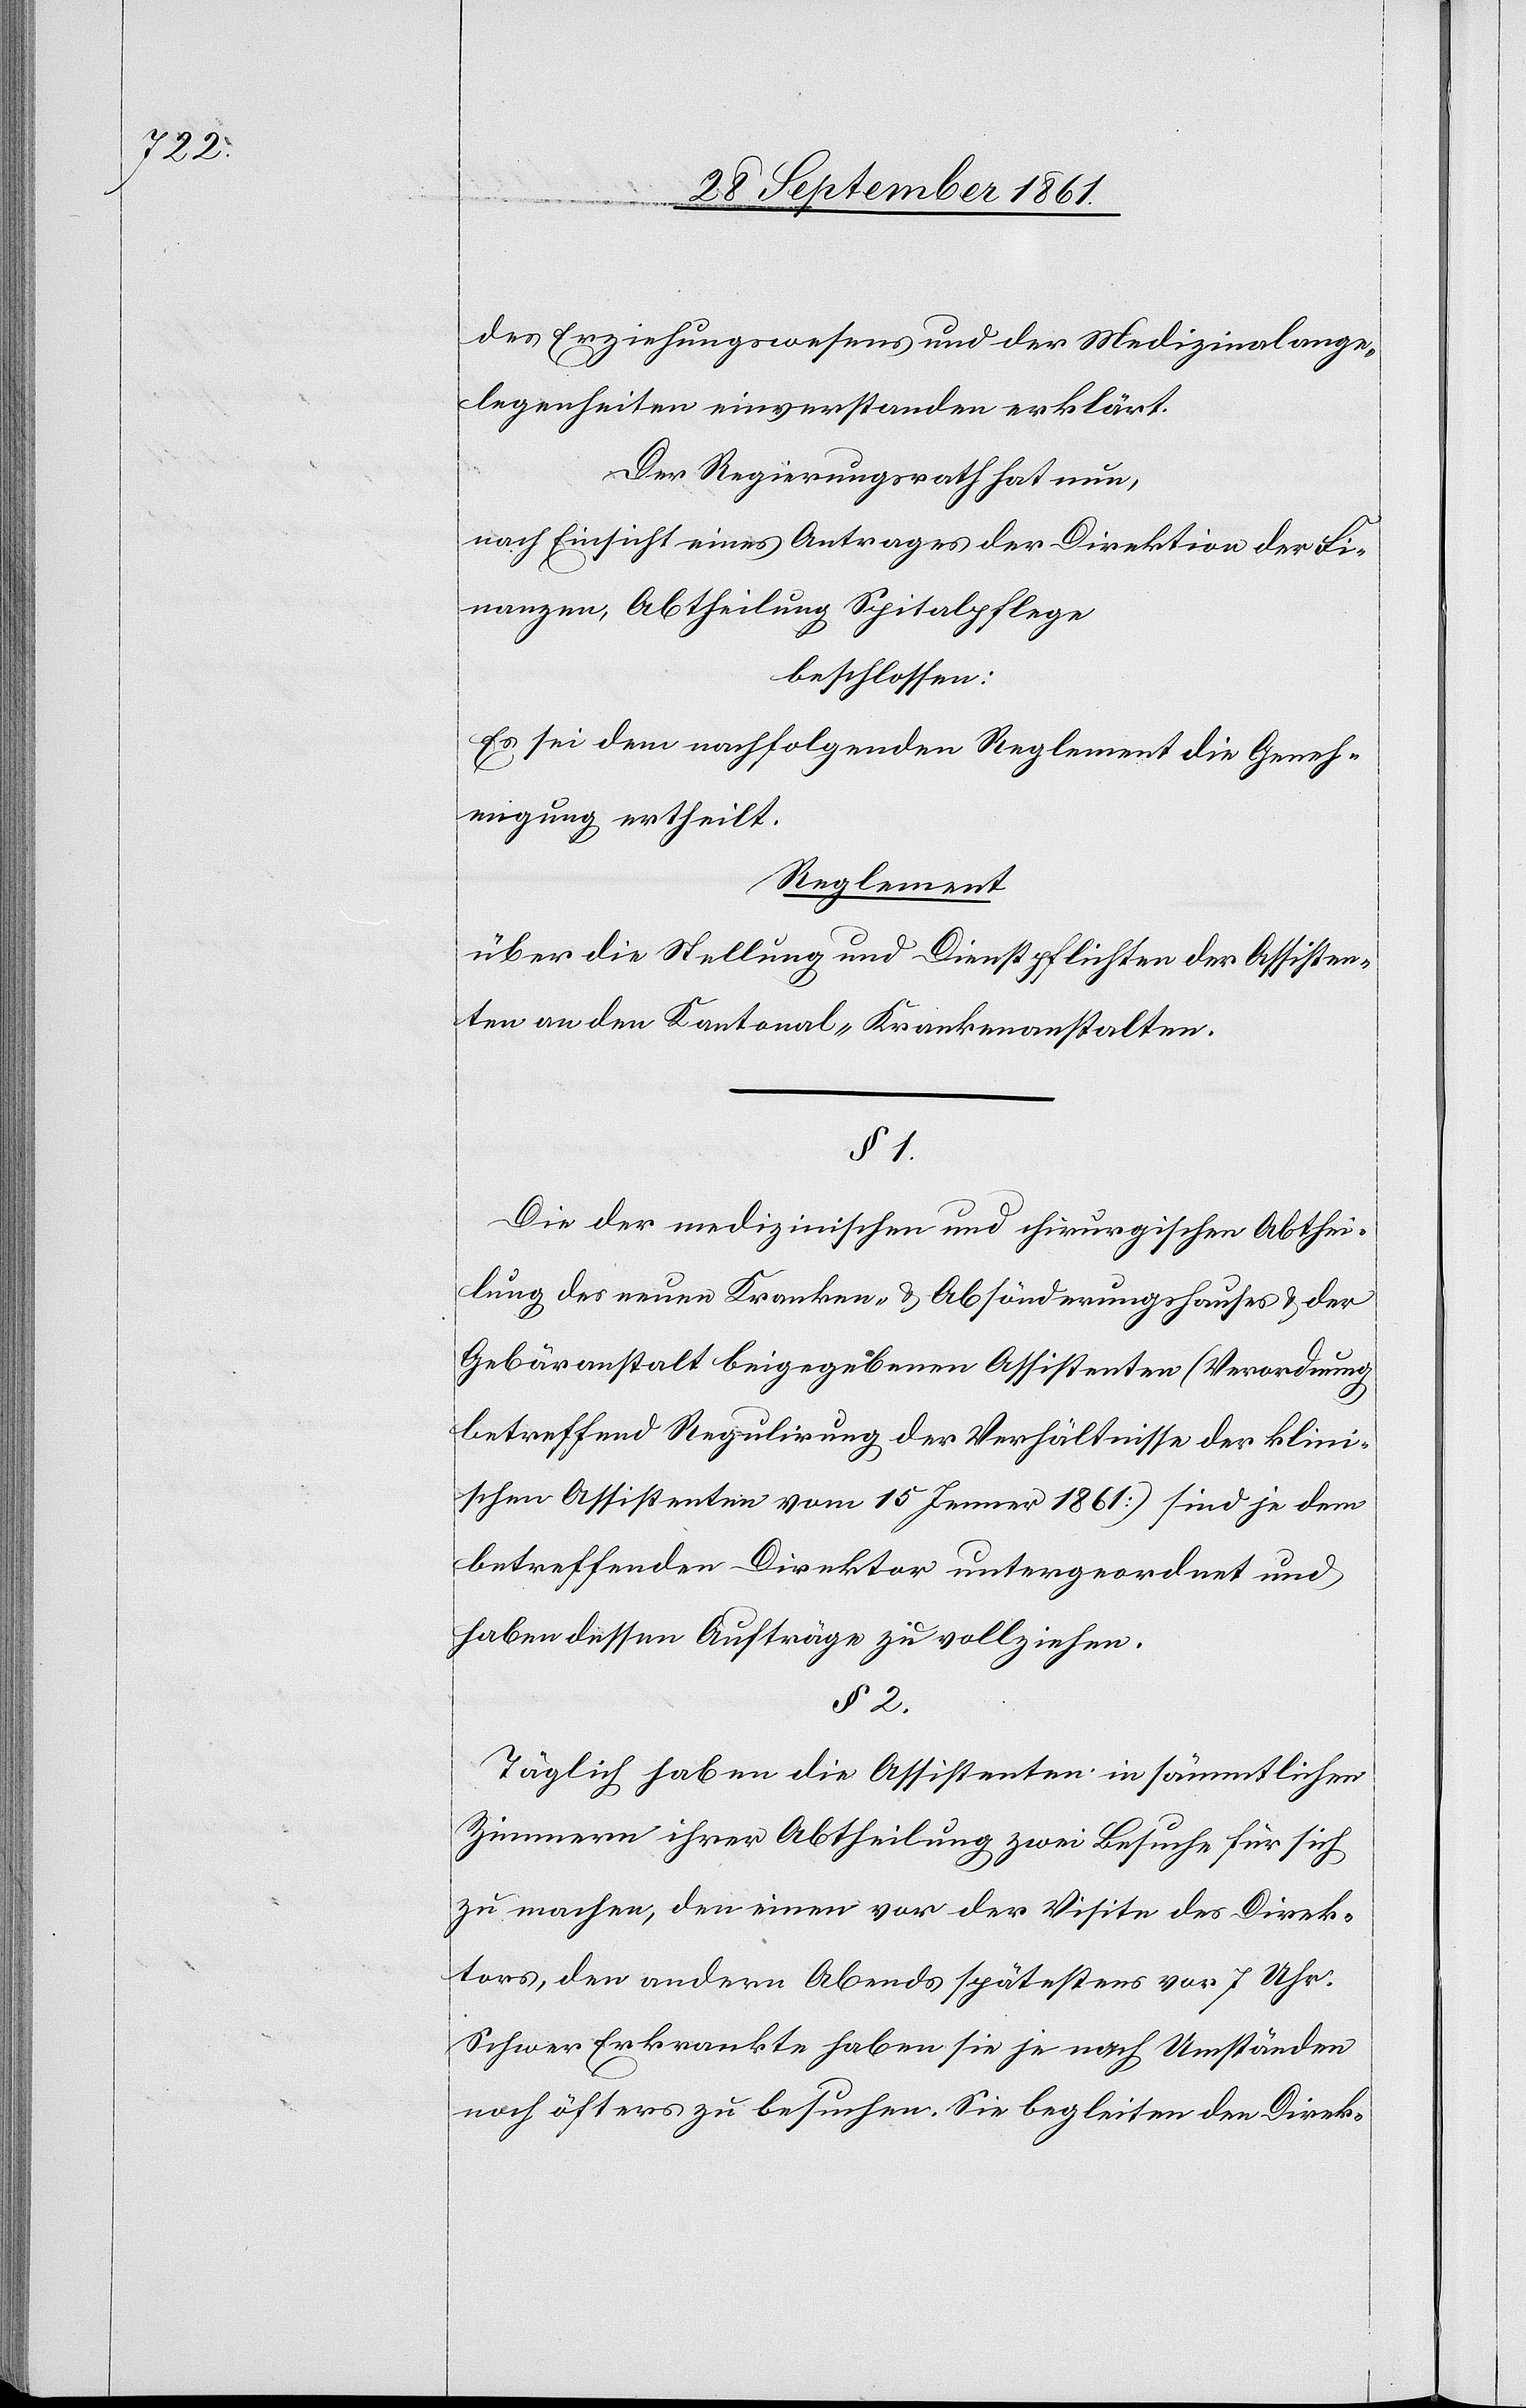
des Erziehungswesens und der Medizinalange¬
legenheiten einverstanden erklärt.
Der Regierungsrath hat nun,
nach Einsicht eines Antrages der Direktion der Fi¬
nanzen, Abtheilung Spitalpflege
beschlossen:
Es sei dem nachfolgenden Reglement die Geneh¬
migung ertheilt.
Reglement
über die Stellung und Dienstpflichtigen der Assisten¬
ten an den Kantonal-Krankenanstalten.
§ 1.
Die der medizinischen und chirurgischen Abthei¬
lung des neuen Kranken- u. Absönderungshauses u. der
Gebäranstalt beigegebenen Assistenten (Verordnung
betreffend Regulirung der Verhältnisse der klini¬
schen Assistenten vom 15 Jenner 1861) sind je dem
betreffenden Direktor untergeordnet und
haben dessen Aufträge zu vollziehen.
§ 2.
Täglich haben die Assistenten in sämmtlichen
Zimmern ihrer Abtheilung zwei Besuche für sich
zu machen, den einen vor der Visite des Direk¬
tors, den andern Abends spätestens vor 7 Uhr.
Schwer Erkrankte haben sie je nach Umständen
noch öfters zu besuchen. Sie begleiten den Direk-